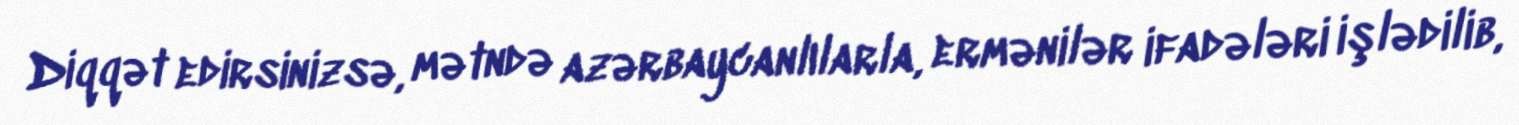
Diqqət edirsinizsə, mətndə azərbaycanlılarla, ermənilər ifadələri işlədilib,